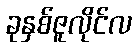
ခုနှစ်ဇူလိုင်လ